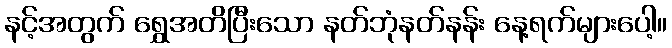
နင့်အတွက် ရွှေအတိပြီးသော နတ်ဘုံနတ်နန်း နေ့ရက်များပေါ့။